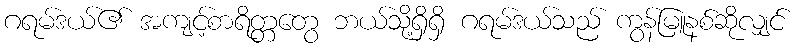
ဂရမ်ဒယ်၏ အကျင့်စာရိတ္တတွေ ဘယ်သို့ရှိရှိ ဂရမ်ဒယ်သည် ကွန်မြူနစ်ဆိုလျှင်